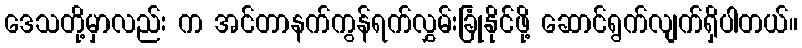
ဒေသတို့မှာလည်း က အင်တာနက်ကွန်ရက်လွှမ်းခြုံနိုင်ဖို့ ဆောင်ရွက်လျက်ရှိပါတယ်။